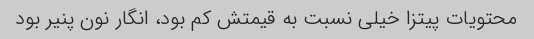
محتویات پیتزا خیلی نسبت به قیمتش کم بود، انگار نون پنیر بود